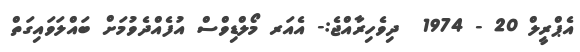
އެޕްރީލް 20 - 1974  ދިވެހިރާއްޖެ:- އެއަރ މޯލްޑިވްސް އުފެއްދެވުމަށް ބައްލަވައިގަތް